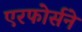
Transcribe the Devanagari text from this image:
एरफोर्सने